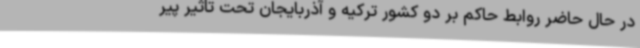
در حال حاضر روابط حاکم بر دو کشور ترکیه و آذربایجان تحت تاثیر پیر